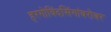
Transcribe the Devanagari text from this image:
हरगोविंदसिंगांबरोबर